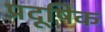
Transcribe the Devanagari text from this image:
प्रदूषिक